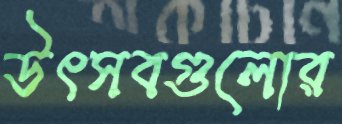
উৎসবগুলোর